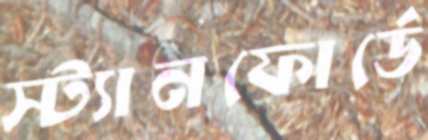
স্ট্যানফোর্ডে